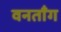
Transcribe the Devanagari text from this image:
वनताँग